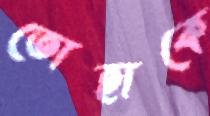
তোহাকে